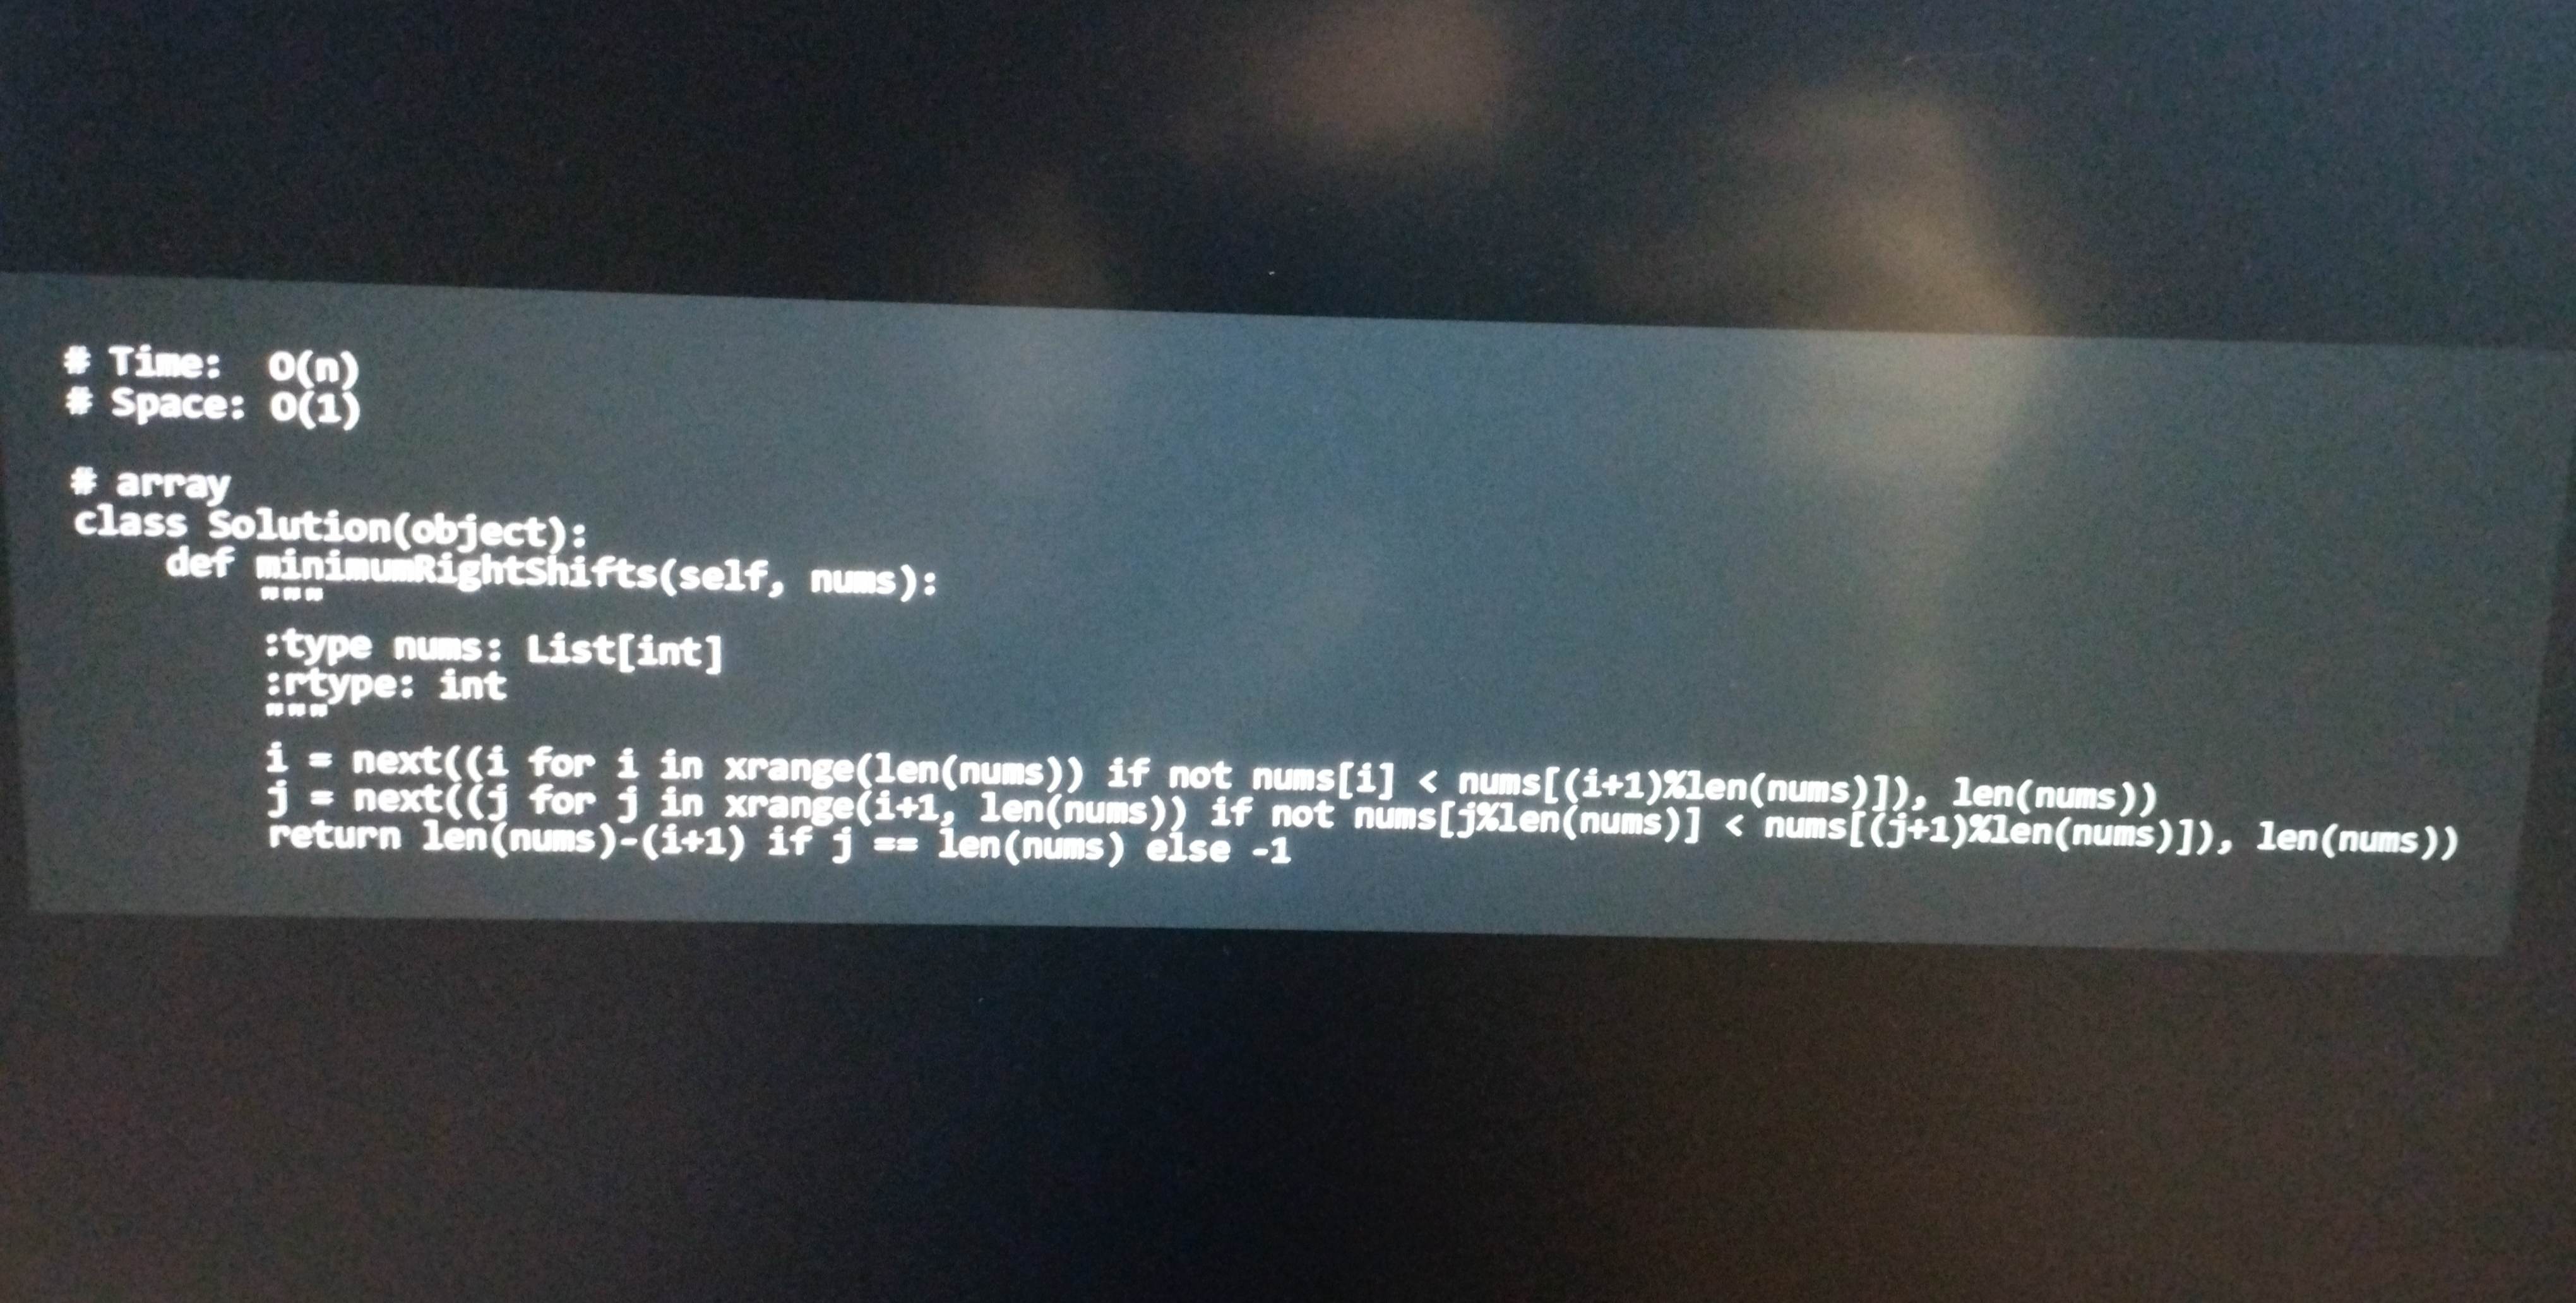
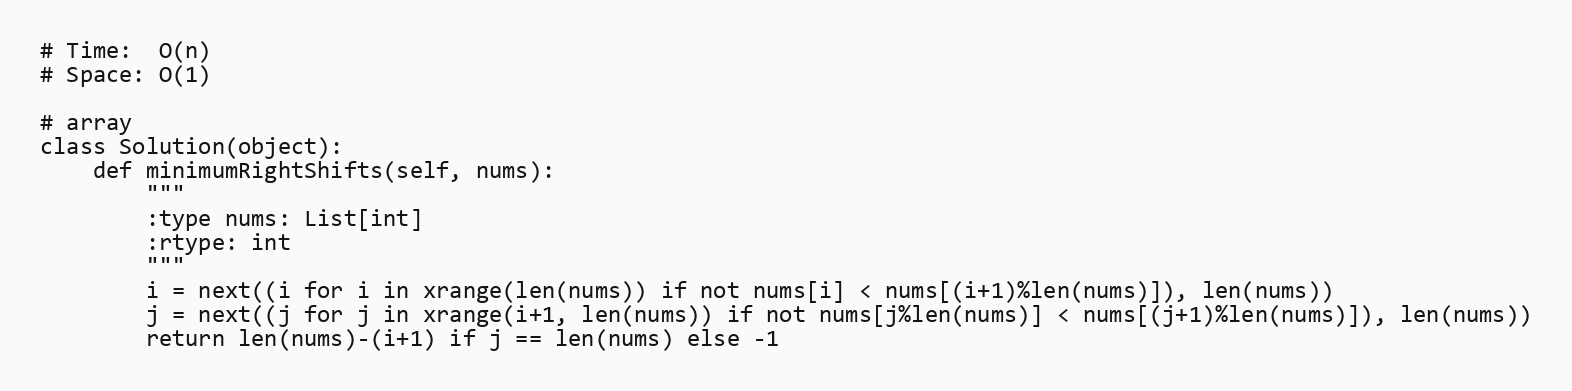
# Time:  O(n)
# Space: O(1)

# array
class Solution(object):
    def minimumRightShifts(self, nums):
        """
        :type nums: List[int]
        :rtype: int
        """
        i = next((i for i in xrange(len(nums)) if not nums[i] < nums[(i+1)%len(nums)]), len(nums))
        j = next((j for j in xrange(i+1, len(nums)) if not nums[j%len(nums)] < nums[(j+1)%len(nums)]), len(nums))
        return len(nums)-(i+1) if j == len(nums) else -1